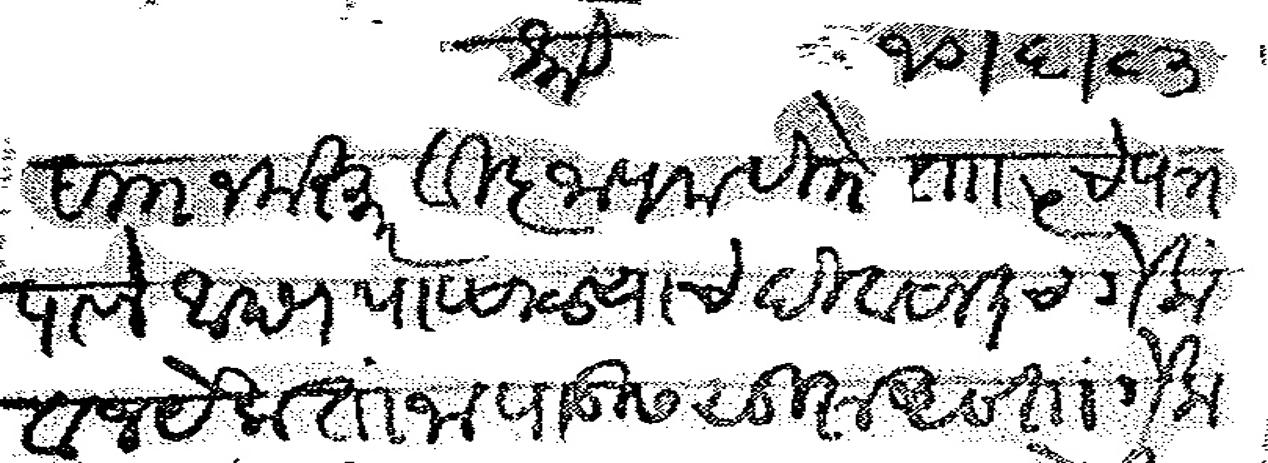
Transliteration (Devanagari): श्री १० ६ ८३ सा नमस्कार विज्ञापना वि ता  ५ चे पत्र पावले आपण पावसाळ्याचे दिवसातच गेला व न येकताना पाऊस सुरू असता गेला